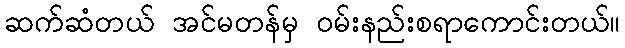
ဆက်ဆံတယ် အင်မတန်မှ ဝမ်းနည်းစရာကောင်းတယ်။